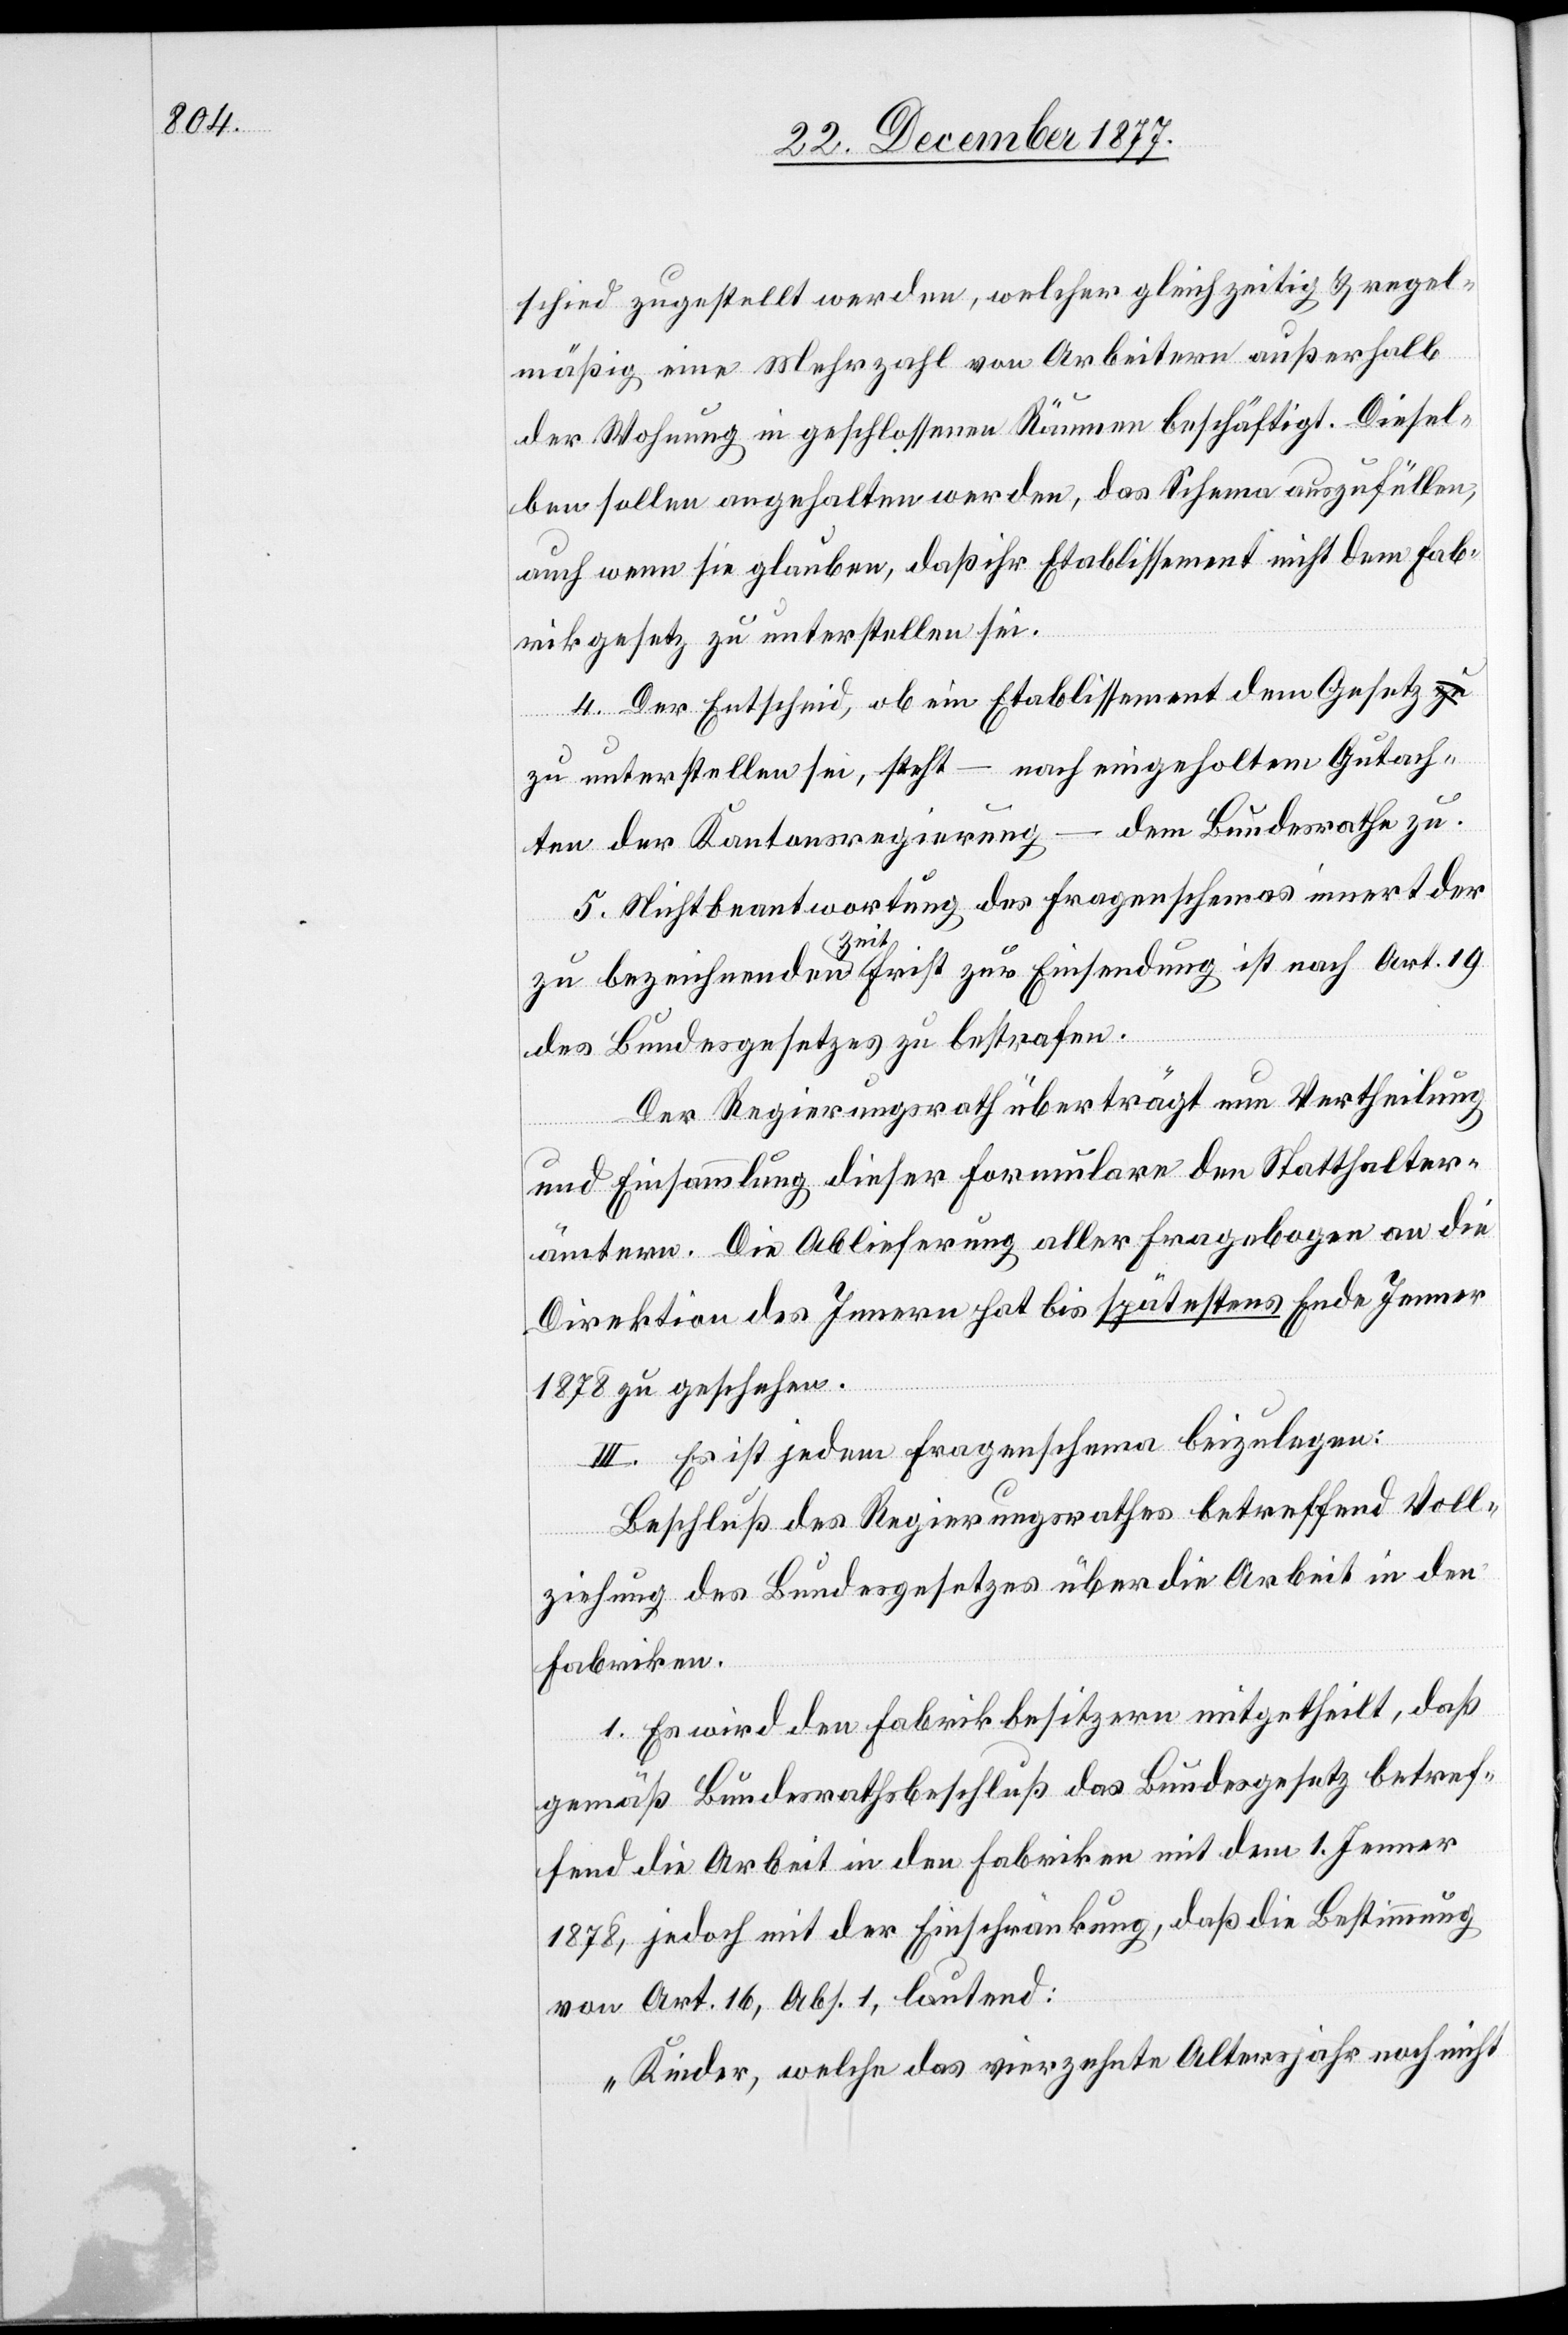
schied zugestellt werden, welcher gleichzeitig & regel¬
mäßig eine Mehrzahl von Arbeitern außerhalb
der Wohnung in geschlossenen Räumen beschäftigt. Diesel¬
ben sollen angehalten werden, das Schema auszufüllen,
auch wenn sie glauben, daß ihr Etablissement nicht dem Fab¬
rikgesetz zu unterstellen sei.
4. Der Entscheid, ob ein Etablissement dem Gesetz
zu unterstellen sei, steht – nach eingeholtem Gutach¬
ten der Kantonsregierung – dem Bundesrathe zu.
5. Nichtbeantwortung des Fragenschemas innert der
zu bezeichnenden Zeit Frist zur Einsendung ist nach Art. 19
des Bundesgesetzes zu bestrafen.
Der Regierungsrath überträgt nun Vertheilung
und Einsammlung dieser Formulare den Statthalter¬
ämtern. Die Ablieferung aller Fragebogen an die
Direktion des Innern hat bis spätestens Ende Jenner
1878 zu geschehen.
III. Es ist jedem Fragenschema beizulegen:
Beschluß des Regierungsrathes betreffend Voll¬
ziehung des Bundesgesetzes über die Arbeit in den
Fabriken.
1. Es wird den Fabrikbesitzern mitgetheilt, daß
gemäß Bundesrathsbeschluß das Bundesgesetz betref¬
fend die Arbeit in den Fabriken mit dem 1. Jenner
1878, jedoch mit der Einschränkung, daß die Bestimmung
von Art. 16, Abs. 1, lautend:
„Kinder, welche das vierzehnte Altersjahr noch nicht